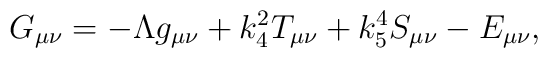
G_{\mu\nu} = - \Lambda g_{\mu\nu} + k_4^2 T_{\mu\nu} + k_5^4S_{\mu \nu} - E_{\mu\nu},